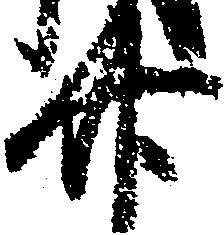
廿